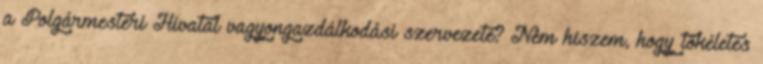
a Polgármesteri Hivatal vagyongazdálkodási szervezete? Nem hiszem, hogy tökéletes